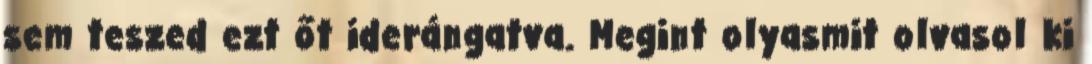
sem teszed ezt őt iderángatva. Megint olyasmit olvasol ki